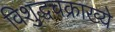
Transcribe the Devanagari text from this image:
विशुद्धचक्राख्ये